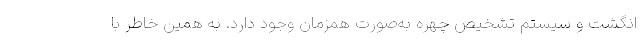
انگشت و سیستم تشخیص چهره به‌صورت همزمان وجود دارد. به همین خاطر با